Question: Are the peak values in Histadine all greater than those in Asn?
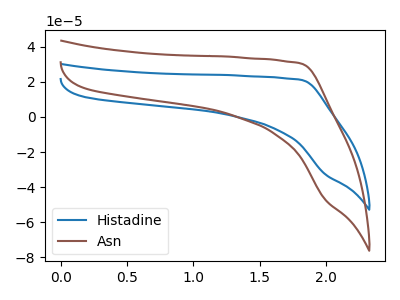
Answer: <think>The blue curve "Histadine" has no peaks. The brown curve "Asn" has no peaks.</think>
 <answer>Niether CV has any peaks.</answer>
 <eval>blanks</eval>